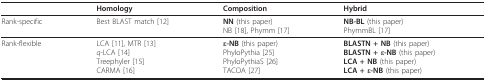
|  | Homology | Composition | Hybrid |
 | --- | --- | --- | --- |
 | Rank-specific | Best BLAST match [12] | NN (this paper)NB [18], Phymm [17] | NB-BL (this paper)PhymmBL [17] |
 | Rank-flexible | LCA [11], MTR [13]q-LCA [14]Treephyler [15]CARMA [16] | ε-NB (this paper)PhyloPythia [25]PhyloPythiaS [26]TACOA [27] | BLASTN + NB (this paper)BLASTN + ε-NB (this paper)LCA + NB (this paper)LCA + ε-NB (this paper) |